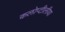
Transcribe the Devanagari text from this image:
कलोप्टीलीया